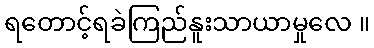
ရတောင့်ရခဲကြည်နူးသာယာမှုလေ ။